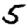
Digit: 5